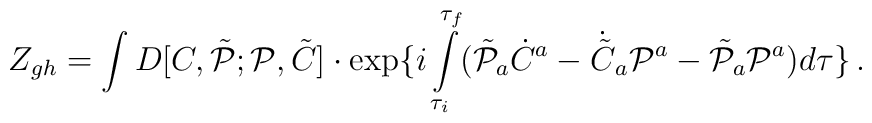
Z_{gh}=\int D[C,\tilde {\cal P};{\cal P},\tilde C]\cdot\exp\{i\int\limits_{\tau_i}^{\tau_f}(\tilde {\cal P}_a\dot C^a -\dot{\tilde C}_a {\cal P}^a-\tilde {\cal P}_a{\cal P}^a)d\tau\} \, .